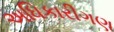
અધિકારીગણ